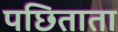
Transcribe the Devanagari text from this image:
पछिताता